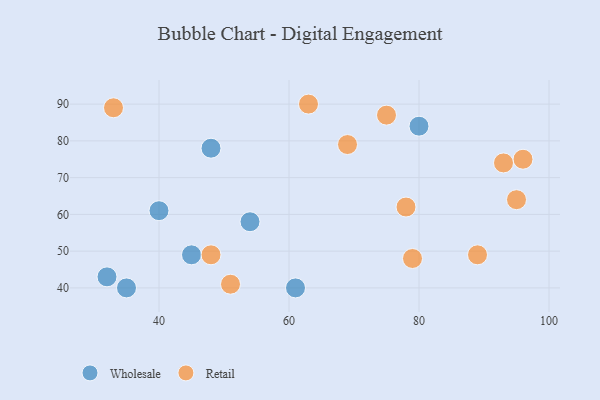
{"axis": {"x": "GDP", "y": "Life Expectancy"}, "legend": ["Retail", "Wholesale"], "data": [{"x": "61", "y": 40, "type": "Wholesale"}, {"x": "48", "y": 78, "type": "Wholesale"}, {"x": "32", "y": 43, "type": "Wholesale"}, {"x": "45", "y": 49, "type": "Wholesale"}, {"x": "40", "y": 61, "type": "Wholesale"}, {"x": "80", "y": 84, "type": "Wholesale"}, {"x": "54", "y": 58, "type": "Wholesale"}, {"x": "35", "y": 40, "type": "Wholesale"}, {"x": "89", "y": 49, "type": "Retail"}, {"x": "75", "y": 87, "type": "Retail"}, {"x": "33", "y": 89, "type": "Retail"}, {"x": "51", "y": 41, "type": "Retail"}, {"x": "63", "y": 90, "type": "Retail"}, {"x": "96", "y": 75, "type": "Retail"}, {"x": "79", "y": 48, "type": "Retail"}, {"x": "48", "y": 49, "type": "Retail"}, {"x": "78", "y": 62, "type": "Retail"}, {"x": "69", "y": 79, "type": "Retail"}, {"x": "95", "y": 64, "type": "Retail"}, {"x": "93", "y": 74, "type": "Retail"}]}